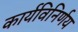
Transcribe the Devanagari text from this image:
कार्यविनिर्णय